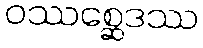
ဝဿစ္ဆေဒဿ